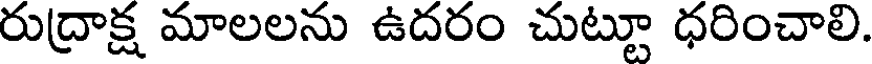
రుద్రాక్ష మాలలను ఉదరం చుట్టూ ధరించాలి.